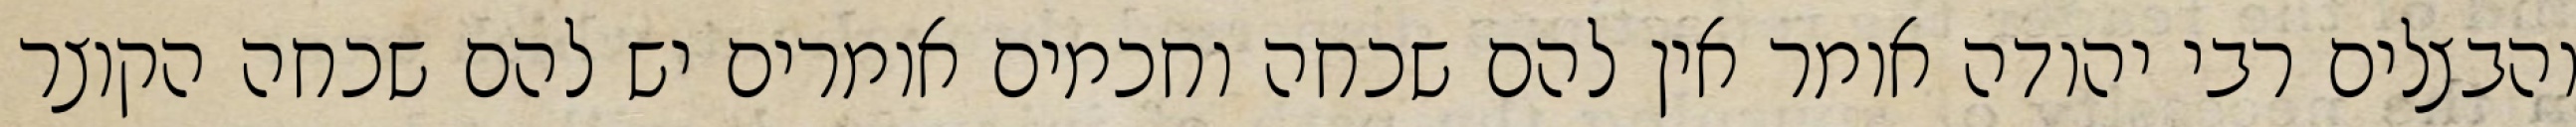
והבצלים רבי יהודה אומר אין להם שכחה וחכמים אומרים יש להם שכחה הקוצר